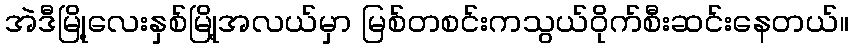
အဲဒီမြို့လေးနှစ်မြို့အလယ်မှာ မြစ်တစင်းကသွယ်ဝိုက်စီးဆင်းနေတယ်။